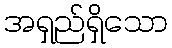
အရှည်ရှိသော